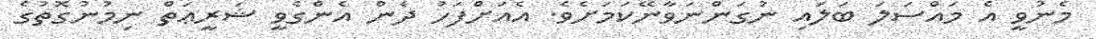
މެނުވީ އެ މައްސަލަ ބަލައި ނުގަންނަވާނޭކަމަށެވެ. އެއަށްފަހު ދެން އެންގެވީ ޝަރީޢަތް ނިމުނުގޮތުގެ